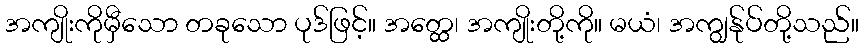
အကျိုးကိုမှီသော တခုသော ပုဒ်ဖြင့်။ အတ္ထေ၊ အကျိုးတို့ကို။ မယံ၊ အကျွန်ုပ်တို့သည်။